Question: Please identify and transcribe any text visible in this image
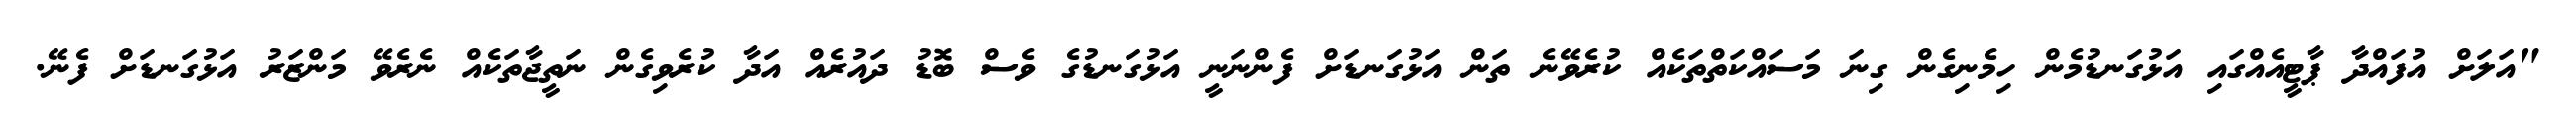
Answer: "އަލަށް އުފައްދާ ޕާޓީއެއްގައި އަޅުގަނޑުމެން ހިމެނިގެން ގިނަ މަސައްކަތްތަކެއް ކުރެވޭނެ ތަން އަޅުގަނޑަށް ފެންނަނީ އަޅުގަނޑުގެ ވެސް ބޮޑު ދައުރެއް އަދާ ކުރެވިގެން ނަތީޖާތަކެއް ނެރެވޭ މަންޒަރު އަޅުގަނޑަށް ފެނޭ.